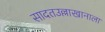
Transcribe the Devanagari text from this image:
सादतउल्लाखानाला